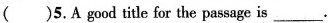
( )5.A good title for the passage is ___ .